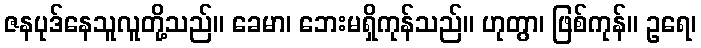
ဇနပုဒ်နေသူလူတို့သည်။ ခေမာ၊ ဘေးမရှိကုန်သည်။ ဟုတွာ၊ ဖြစ်ကုန်။ ဥရေ၊